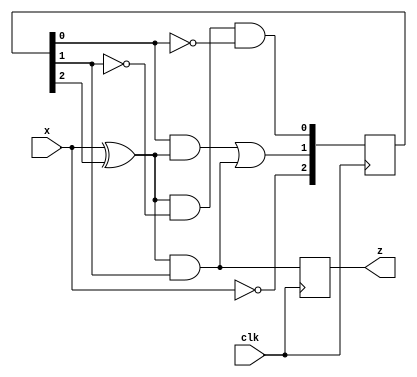
module fsm2(
    input x,clk,
    output reg z
);
    wire temp;
    wire [2:0]Q;
    reg [2:0] q;
    wire a;
    initial begin
    q=3'b110;
    end
    assign a=x ^ q[2];
    assign Q[2]=~x;
    assign Q[1] = (q[0] & a) | (a & q[1]);
    assign Q[0] = a & (~q[1]) & (~q[0]);
    assign temp= a & q[1];
    always @(posedge clk)begin
        q[2]=Q[2];
        q[1]=Q[1];
        q[0]=Q[0];
        z<=temp;
    end
endmodule